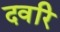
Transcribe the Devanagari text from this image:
दवरि